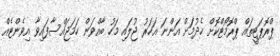
ޕްރޮޕަޓީތައް ޕްރޮމޯޓްކޮށް ހެދުމަށް އަންނަ އަހަރު ޖުލައި މަހު ބާއްވަން ހަމަޖައްސާފައިވާ އިވެންޓެއް